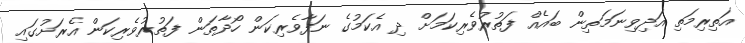
އަތިރިމަތި އަދިވިނަމަތިން ބައެއް ފަތުރުވެރިކަމަށް ދި އެކަމުގެ ނަފާވެރިކަން ހޯދާތަން ފަތުރުވެރިކަން އެރަށުގައި